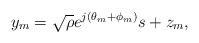
LaTeX: \begin{align*}y_m=\sqrt{\rho}e^{j(\theta_m+\phi_m)}s+z_m,\end{align*}